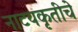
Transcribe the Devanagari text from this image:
नाटयकृतीचे